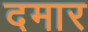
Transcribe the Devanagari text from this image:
दमार